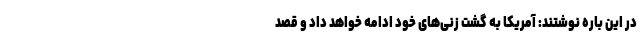
در این باره نوشتند: آمریکا به گشت زنی‌های خود ادامه خواهد داد و قصد